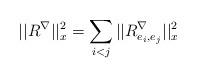
LaTeX: \begin{align*}||R^{\nabla}||^2_x = \sum_{i<j}||R^{\nabla}_{e_i,e_j}||^2_x\, \end{align*}